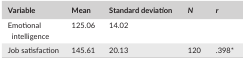
| Variable | Mean | Standard deviation | N | r |
 | --- | --- | --- | --- | --- |
 | Emotional intelligence | 125.06 | 14.02 |  |  |
 | Job satisfaction | 145.61 | 20.13 | 120 | .398a |